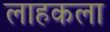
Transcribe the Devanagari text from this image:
लाहकला